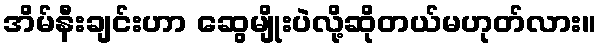
အိမ်နီးချင်းဟာ ဆွေမျိုးပဲလို့ဆိုတယ်မဟုတ်လား။